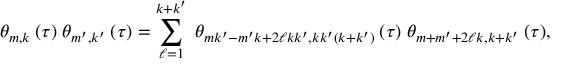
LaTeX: \theta _ { m , k } \: ( \tau ) \; \theta _ { m ^ { \prime } , k ^ { \prime } } \: ( \tau ) = \sum _ { \ell = 1 } ^ { k + k ^ { \prime } } \; \theta _ { m k ^ { \prime } - m ^ { \prime } k + 2 \ell k k ^ { \prime } , k k ^ { \prime } ( k + k ^ { \prime } ) } \: ( \tau ) \; \theta _ { m + m ^ { \prime } + 2 \ell k , k + k ^ { \prime } } \: ( \tau ) ,